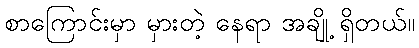
စာကြောင်းမှာ မှားတဲ့ နေရာ အချို့ ရှိတယ်။